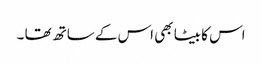
اس کا بیٹا بھی اس کے ساتھ تھا ۔